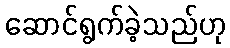
ဆောင်ရွက်ခဲ့သည်ဟု